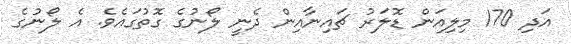
އަދި 170 މިލިއަން ޑޮލަރު ޗައިނާއިން ދެނީ ލޯނުގެ ގޮތުގައެވެ. އެ ލޯނުގެ